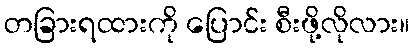
တခြားရထားကို ပြောင်း စီးဖို့လိုလား။